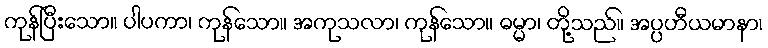
ကုန်ပြီးသော။ ပါပကာ၊ ကုန်သော။ အကုသလာ၊ ကုန်သော။ ဓမ္မာ၊ တို့သည်။ အပ္ပဟီယမာနာ၊